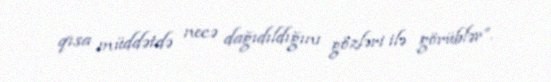
qısa müddətdə necə dağıdıldığını gözləri ilə görüblər”.